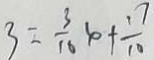
3 = \frac { 3 } { 1 0 } x + \frac { 1 7 } { 1 0 }